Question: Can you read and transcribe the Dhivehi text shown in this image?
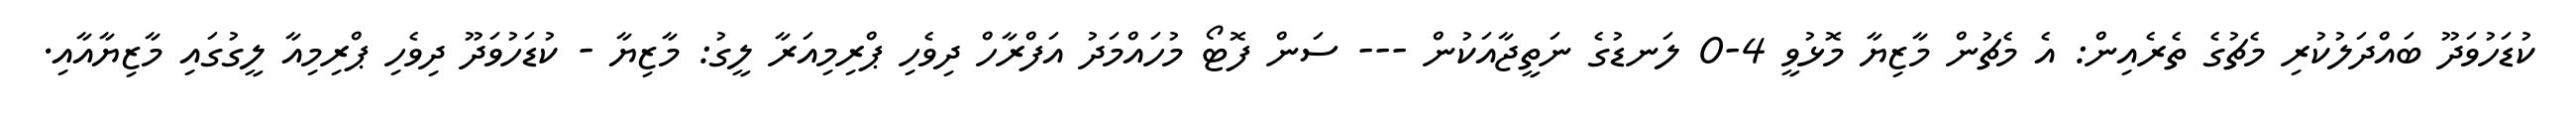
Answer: ކުޑަހުވަދޫ ބައްދަލުކުރި މެޗުގެ ތެރެއިން: އެ މެޗުން މާޒިޔާ މޮޅުވީ 4-0 ލަނޑުގެ ނަތީޖާއަކުން --- ސަން ފޮޓޯ މުހައްމަދު އަފްރާހް ދިވެހި ޕްރިމިއަރާ ލީގު: މާޒިޔާ - ކުޑަހުވަދޫ ދިވެހި ޕްރިމިއާ ލީގުގައި މާޒިޔާއާއި.